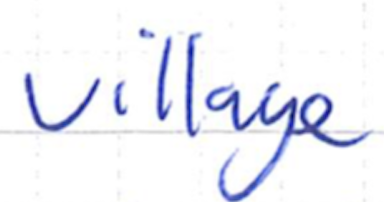
Text: village
Cross-out: clean
Writing tool: ballpoint